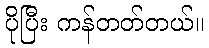
ပိုပြီး ကန်တတ်တယ်။